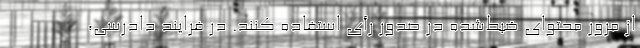
از مرور محتوای ضبط‌شده در صدور رأی استفاده کنند. در فرایند دادرسی،